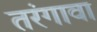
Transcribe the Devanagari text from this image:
तरंगावा